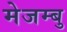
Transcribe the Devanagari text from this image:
मेजम्बु